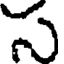
స